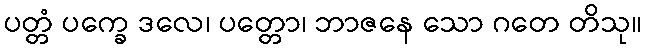
ပတ္တံ ပက္ခေ ဒလေ၊ ပတ္တော၊ ဘာဇနေ သော ဂတေ တိသု။